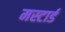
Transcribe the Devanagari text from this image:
मस्टार्ड